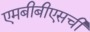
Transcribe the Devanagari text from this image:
एमबीबीएसची